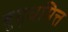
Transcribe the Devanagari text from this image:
बुद्धमित्त